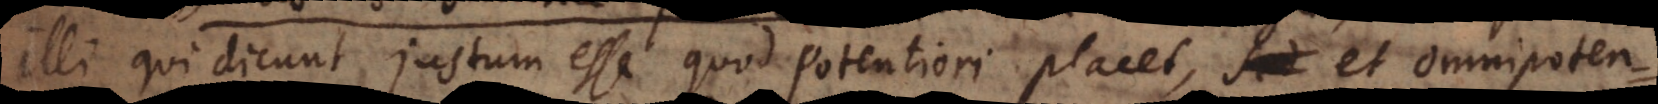
illi qui dicunt justum esse quod potentiori placet, et omnipoten